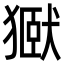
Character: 㺇